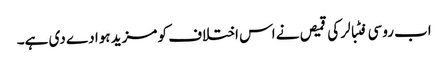
اب روسی فٹبالر کی قمیص نے اس اختلاف کو مزید ہوا دے دی ہے۔